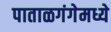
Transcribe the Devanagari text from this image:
पाताळगंगेमध्ये